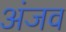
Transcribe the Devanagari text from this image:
अंजव